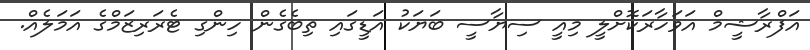
އަފްރާޝީމް އަވަހާރަކޮށްލީ މިއީ ސިޔާސީ ބަޔަކު އަޑީގައި ތިބެގެން ހިންގި ޓެރަރިޒަމްގެ އަމަލެއް.